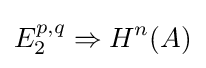
E_{2}^{p,q}\Rightarrow H^{n}(A)